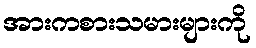
အားကစားသမားများကို